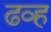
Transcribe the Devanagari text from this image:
ढव्ह